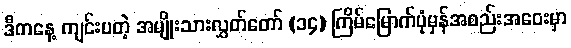
ဒီကနေ့ ကျင်းပတဲ့ အမျိုးသားလွှတ်တော် (၁၄) ကြိမ်မြောက်ပုံမှန်အစည်းအဝေးမှာ